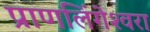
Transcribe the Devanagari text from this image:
प्राणलिंगेश्‍वरा